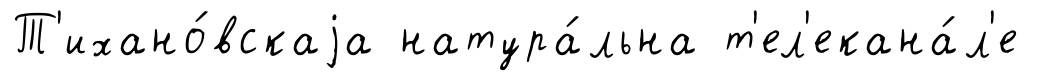
Т'ихано́вскаjа натура́льна т'ел'екана́л'е